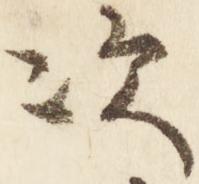
次